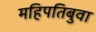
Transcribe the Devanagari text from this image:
महिपतिबुवा